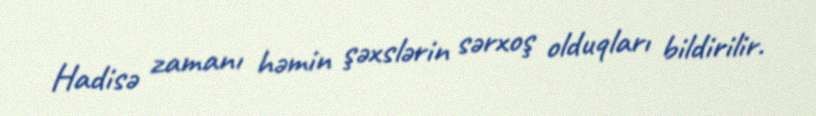
Hadisə zamanı həmin şəxslərin sərxoş olduqları bildirilir.